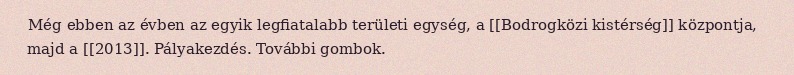
Még ebben az évben az egyik legfiatalabb területi egység, a [[Bodrogközi kistérség]] központja, majd a [[2013]]. Pályakezdés. További gombok.